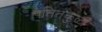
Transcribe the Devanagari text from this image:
पतितकुळी